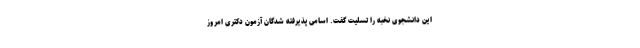
این دانشجوی نخبه را تسلیت گفت. اسامی پذیرفته شدگان آزمون دکتری امروز